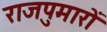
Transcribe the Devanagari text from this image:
राजपुमारों